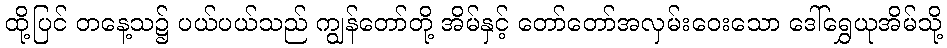
ထို့ပြင် တနေ့သ၌ ပယ်ပယ်သည် ကျွန်တော်တို့ အိမ်နှင့် တော်တော်အလှမ်းဝေးသော ဒေါ်ရွှေယုအိမ်သို့